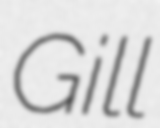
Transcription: Gill